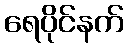
ရေပိုင်နက်